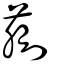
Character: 蒯